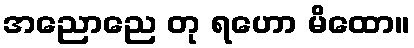
အညောညေ တု ရဟော မိထော။